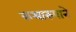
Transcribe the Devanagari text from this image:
कथारुपाने